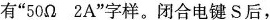
有”50Ω 2A”字样。闭合电键S后，